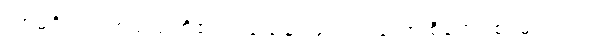
ကာမဝိတက် စသည်တို့၏။ ဝသေန၊ ဖြင့်။ ဣတော စိတော စ၊ မှလည်း။